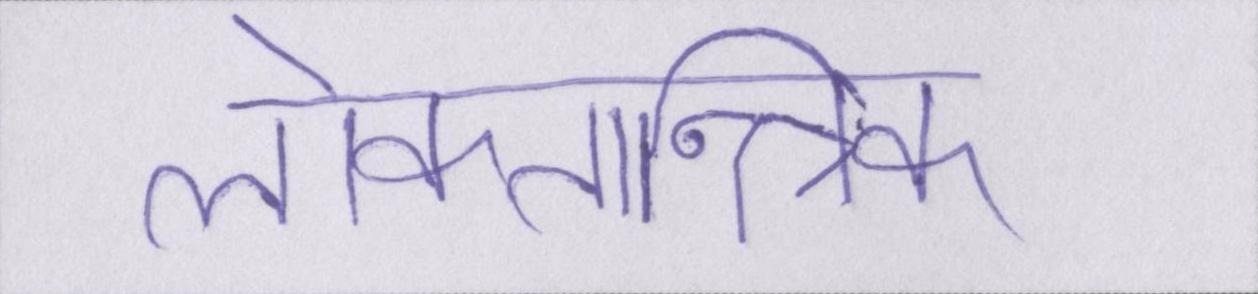
लोकतान्त्रिक